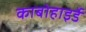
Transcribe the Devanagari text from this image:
काबोहाइर्डे